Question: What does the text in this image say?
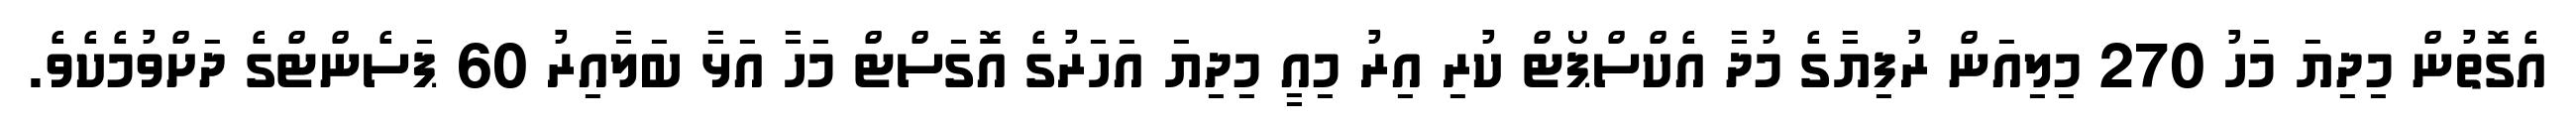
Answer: އެގޮތުން މިދިޔަ މަހު 270 މިލިއަން ރުފިޔާގެ މުދާ އެކްސްޕޯޓް ކުރި އިރު މިއީ މިދިޔަ އަހަރުގެ އޮގަސްޓް މަހާ އަޅާ ބަލާއިރު 60 ޕަސެންޓްގެ ދަށްވުމެކެވެ.